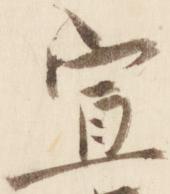
宣